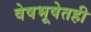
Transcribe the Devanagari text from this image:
वेषभूषेतही